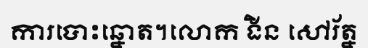
ការបោះឆ្នោត។លោក ងិន សៅរ័ត្ន